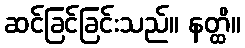
ဆင်ခြင်ခြင်းသည်။ နတ္ထိ။